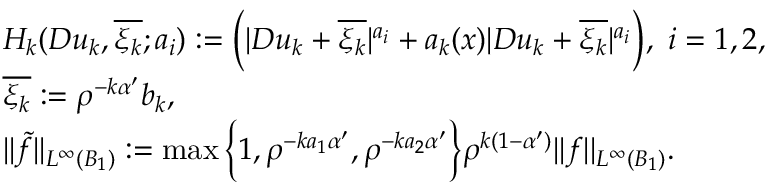
\begin{array} { r l } & { H _ { k } ( D u _ { k } , \overline { { \xi _ { k } } } ; a _ { i } ) : = \bigg ( | D u _ { k } + \overline { { \xi _ { k } } } | ^ { a _ { i } } + a _ { k } ( x ) | D u _ { k } + \overline { { \xi _ { k } } } | ^ { a _ { i } } \bigg ) , \ i = 1 , 2 , } \\ & { \overline { { \xi _ { k } } } : = \rho ^ { - k \alpha ^ { \prime } } b _ { k } , } \\ & { | | \widetilde { f } | | _ { L ^ { \infty } ( B _ { 1 } ) } : = \operatorname* { m a x } \bigg \{ 1 , \rho ^ { - k a _ { 1 } \alpha ^ { \prime } } , \rho ^ { - k a _ { 2 } \alpha ^ { \prime } } \bigg \} \rho ^ { k ( 1 - \alpha ^ { \prime } ) } | | f | | _ { L ^ { \infty } ( B _ { 1 } ) } . } \end{array}